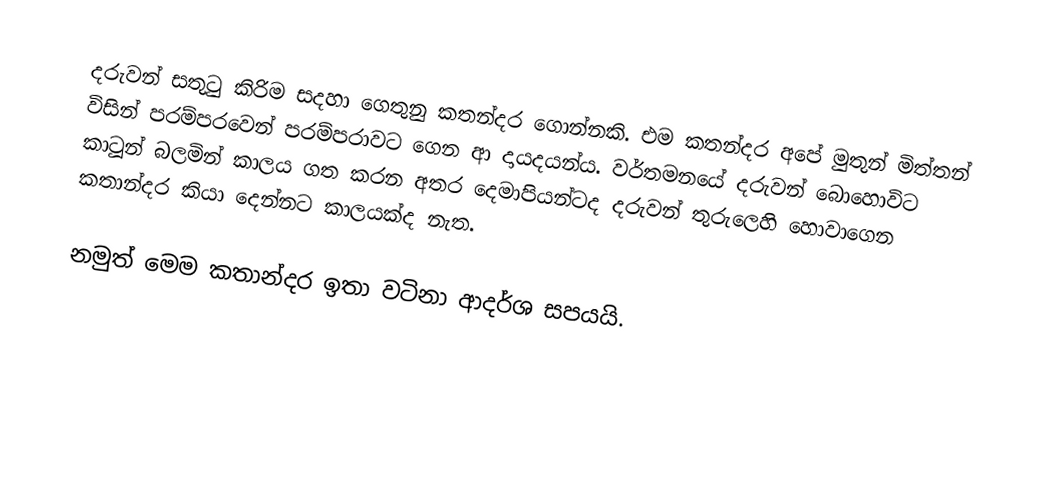
දරුවන් සතුටු කිරිම සදහා ගෙතුනු කතන්දර ගොන්නකි. එම කතන්දර අපේ මුතුන් මිත්තන් විසින් පරම්පරවෙන් පරම්පරාවට ගෙන ආ දායදයන්ය. වර්තමනයේ දරුවන් බොහොවිට කාටූන් බලමින් කාලය ගත කරන අතර දෙමාපියන්ටද දරුවන් තුරුලෙහි හොවාගෙන කතාන්දර කියා දෙන්නට කාලයක්ද නැත.

නමුත් මෙම කතාන්දර ඉතා වටිනා ආදර්ශ සපයයි.